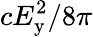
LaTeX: cE_{\mathrm{y}}^{2}/8\pi